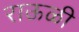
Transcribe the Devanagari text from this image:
राऊळी